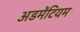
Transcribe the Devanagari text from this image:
अडमेंटियम